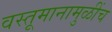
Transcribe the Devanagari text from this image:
वस्तूमानामुळींच